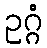
ဥဂ္ဂံ